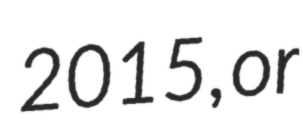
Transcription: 2015, or